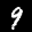
Label: 9